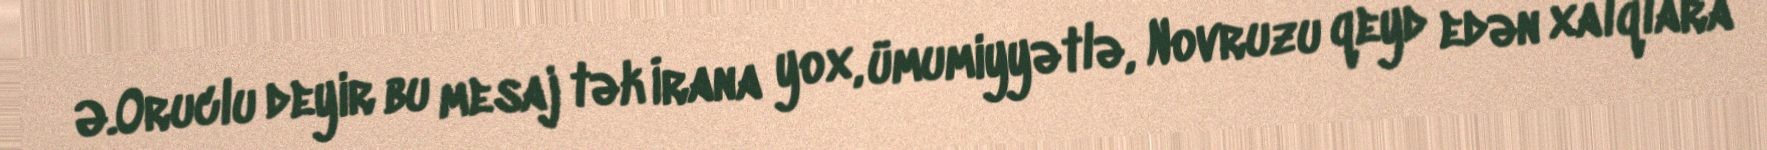
Ə.Oruclu deyir bu mesaj tək İrana yox, ümumiyyətlə, Novruzu qeyd edən xalqlara